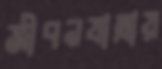
জীবনযাত্রায়